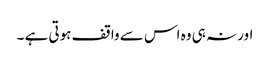
اور نہ ہی وہ اس سے واقف ہوتی ہے ۔